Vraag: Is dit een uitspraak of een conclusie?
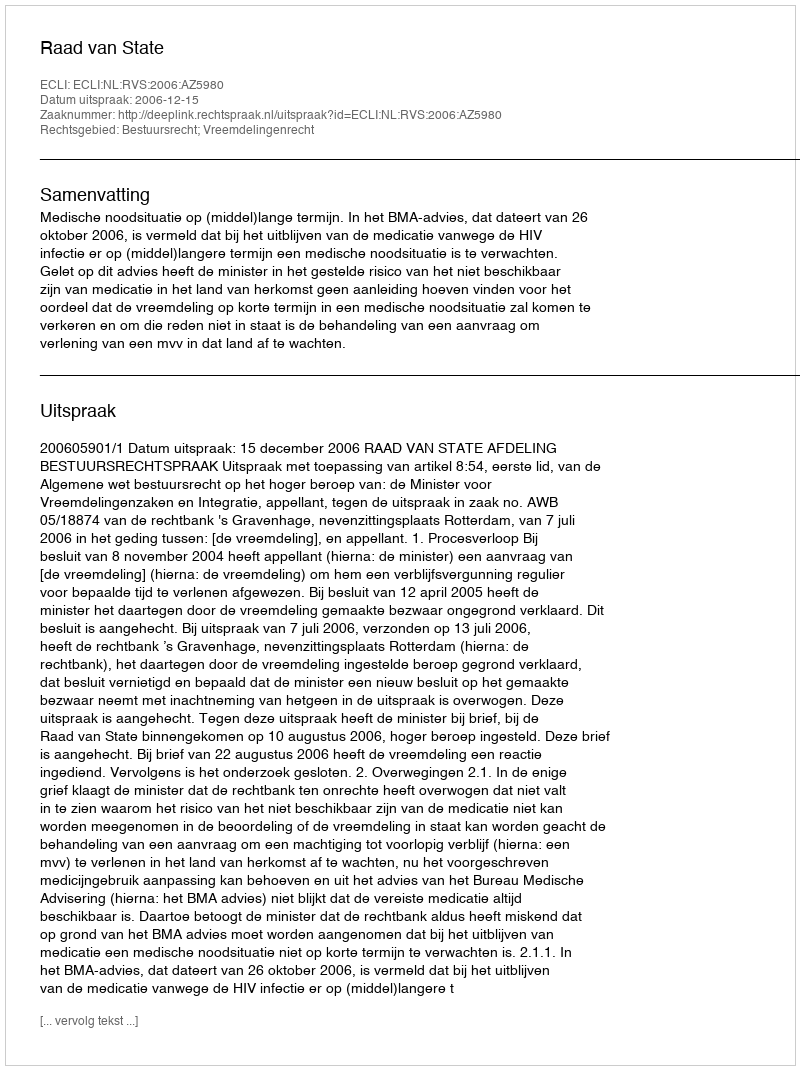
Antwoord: Uitspraak